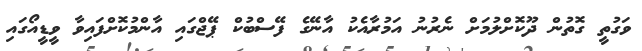
ވަގުތީ ގޮތުން ދޫކޮށްލުމަށް ނެރުނު އަމުރާއެކު އާނޭގެ ފޭސްބުކް ޕޭޖްގައި އާންމުކޮށްފައިވާ ވީޑީއޯގައި